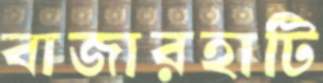
বাজারহাটি